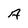
Character: A